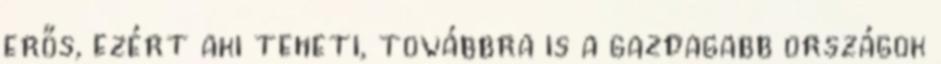
erős, ezért aki teheti, továbbra is a gazdagabb országok